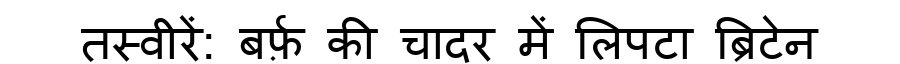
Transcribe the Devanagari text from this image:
तस्वीरें: बर्फ़ की चादर में लिपटा ब्रिटेन